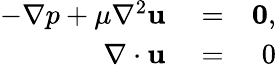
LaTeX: \begin{array}{rlr}{-\nabla p+\mu\nabla^{2}\mathbf{u}}&{{}=}&{\mathbf{0},}\\ {\nabla\cdot\mathbf{u}}&{{}=}&{0}\end{array}